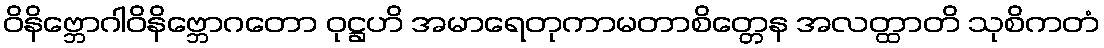
ဝိနိဗ္ဘောဂါဝိနိဗ္ဘောဂတော ဝုဋ္ဌဟိ အမာရေတုကာမတာစိတ္တေန အလတ္ထာတိ သုစိကတံ